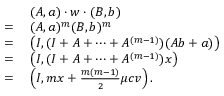
\begin{array} { r l } & { ( A , \boldsymbol { a } ) \cdot w \cdot ( B , \boldsymbol { b } ) } \\ { = \; } & { ( A , \boldsymbol { a } ) ^ { m } ( B , \boldsymbol { b } ) ^ { m } } \\ { = \; } & { \left( I , ( I + A + \cdots + A ^ { ( m - 1 ) } ) ( A \boldsymbol { b } + \boldsymbol { a } ) \right) } \\ { = \; } & { \left( I , ( I + A + \cdots + A ^ { ( m - 1 ) } ) \boldsymbol { x } \right) } \\ { = \; } & { \left( I , m \boldsymbol { x } + \frac { m ( m - 1 ) } { 2 } \mu c \boldsymbol { v } \right) . } \end{array}